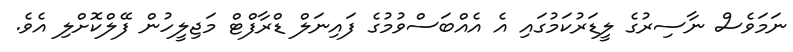
ނަމަވެސް ނާސިރުގެ ލީޑަރުކަމުގައި އެ އެއްބަސްވުމުގެ ފައިނަލް ޑްރާފްޓް މަޖިލީހުން ފޭލްކޮށްލި އެވެ.